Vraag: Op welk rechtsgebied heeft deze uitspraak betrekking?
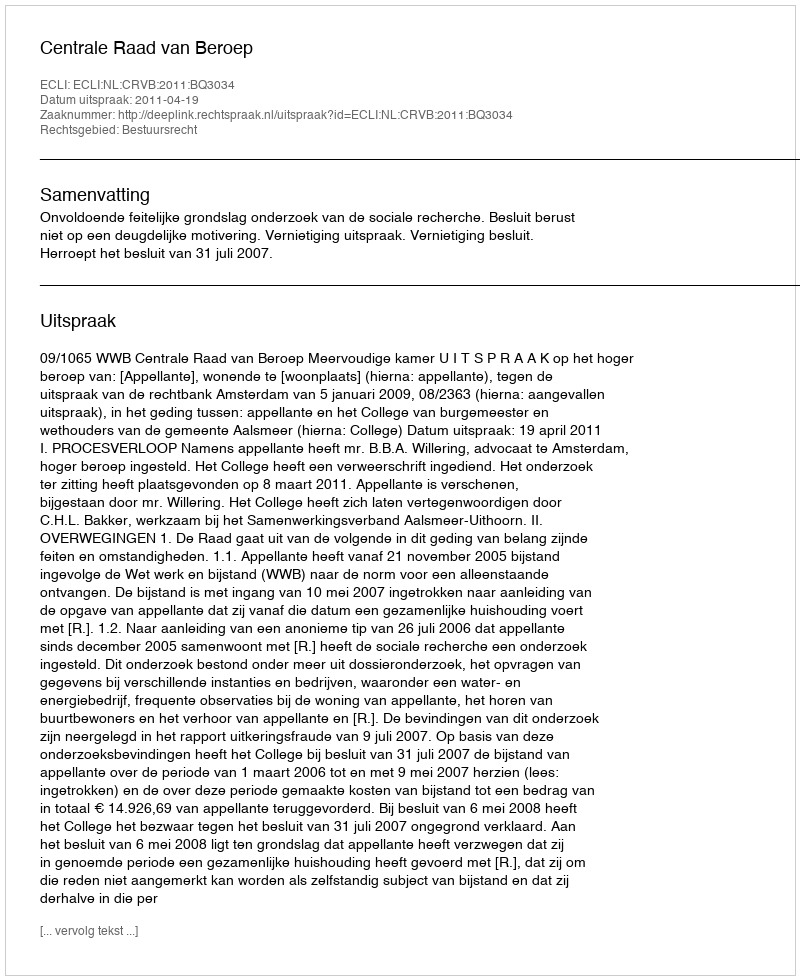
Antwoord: Bestuursrecht